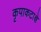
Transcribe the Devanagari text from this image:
कृपाकटाक्षे